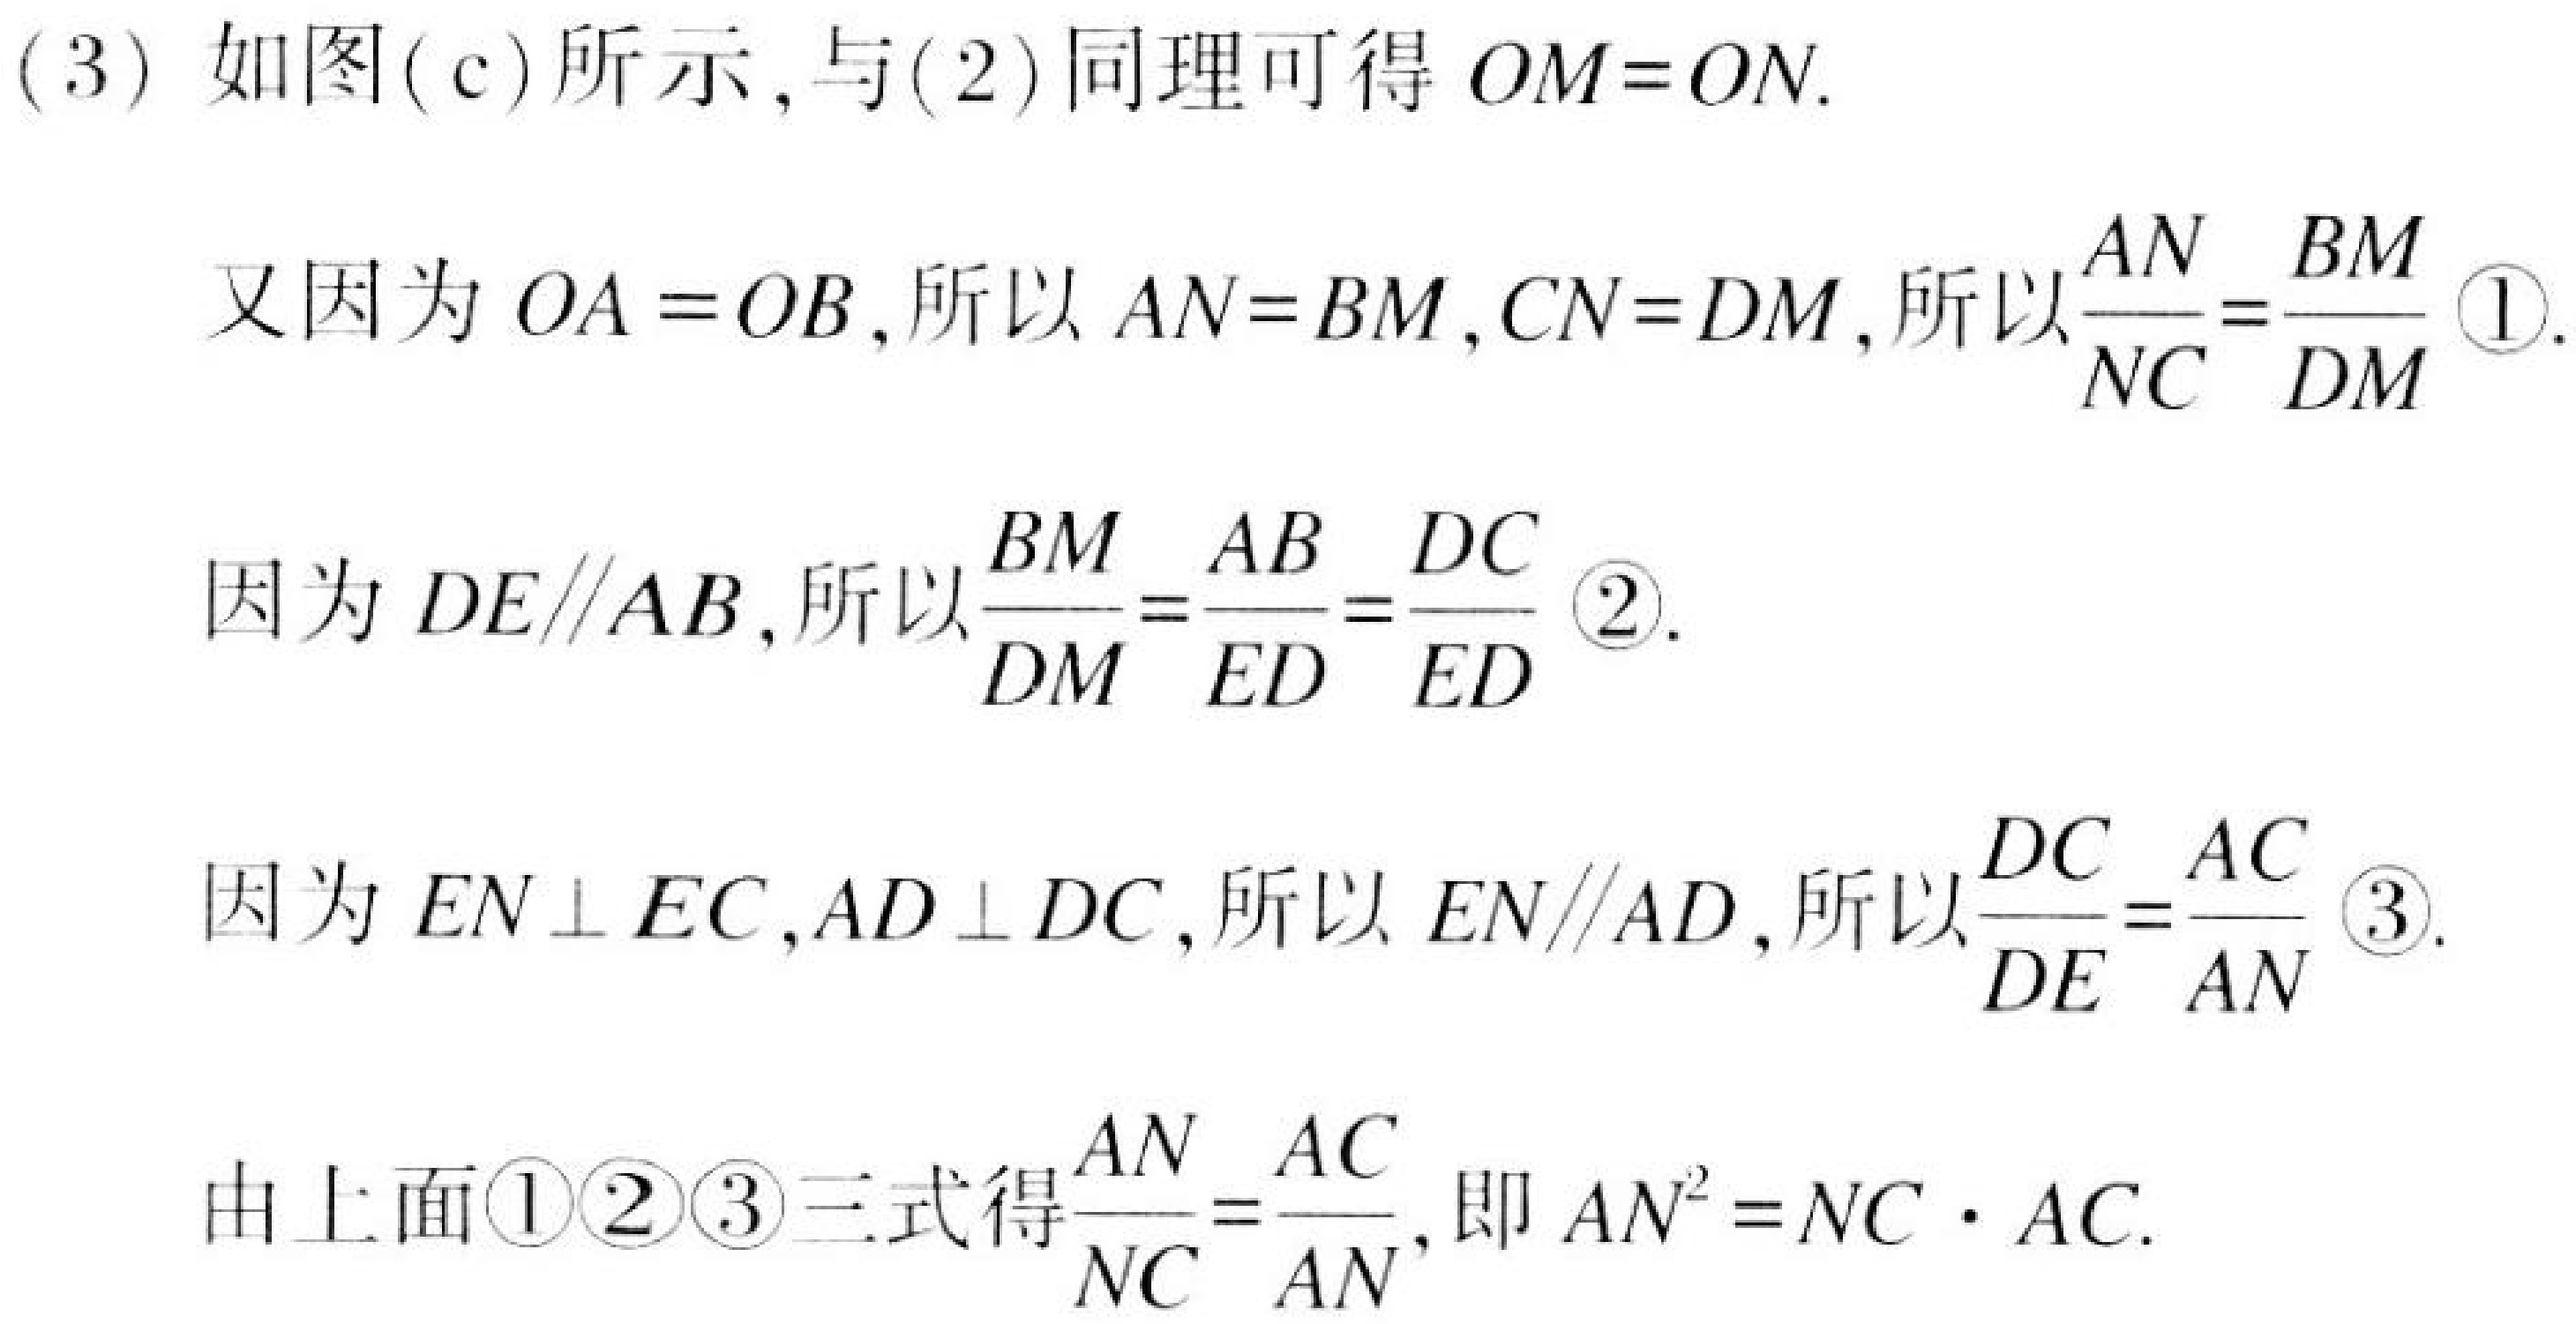
(3) 如图(c)所示,与(2)同理可得 \(OM = ON\).

又因为 \(OA = OB\),所以 \(AN = BM,CN = DM\),所以\(\frac{AN}{NC}=\frac{BM}{DM}\) \textcircled{1}.

因为 \(DE\parallel AB\),所以\(\frac{BM}{DM}=\frac{AB}{ED}=\frac{DC}{ED}\) \textcircled{2}.

因为 \(EN\perp EC,AD\perp DC\),所以 \(EN\parallel AD\),所以\(\frac{DC}{DE}=\frac{AC}{AN}\) \textcircled{3}.

由上面\textcircled{1}\textcircled{2}\textcircled{3}三式得\(\frac{AN}{NC}=\frac{AC}{AN}\),即 \(AN^{2}=NC\cdot AC\).